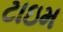
ટાઇમ